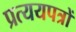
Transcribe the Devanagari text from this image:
प्रत्ययपत्रों